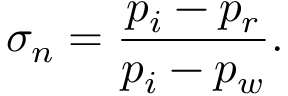
\sigma _ { n } = \frac { p _ { i } - p _ { r } } { p _ { i } - p _ { w } } .